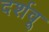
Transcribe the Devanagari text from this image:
दर्शवू